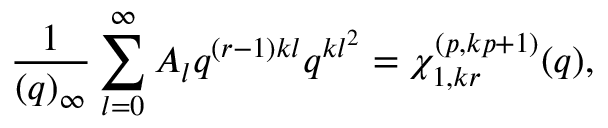
\frac { 1 } { ( q ) _ { \infty } } \sum _ { l = 0 } ^ { \infty } A _ { l } q ^ { ( r - 1 ) k l } q ^ { k l ^ { 2 } } = \chi _ { 1 , k r } ^ { ( p , k p + 1 ) } ( q ) ,